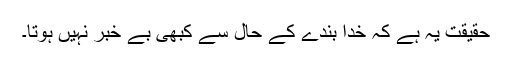
حقیقت یہ ہے کہ خدا بندے کے حال سے کبھی بے خبر نہیں ہوتا۔